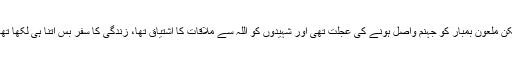
لیکن ملعون بمبار کو جہنم واصل ہونے کی عجلت تھی اور شہیدوں کو اللہ سے ملاقات کا اشتیاق تھا، زندگی کا سفر بس اتنا ہی لکھا تھا ۔